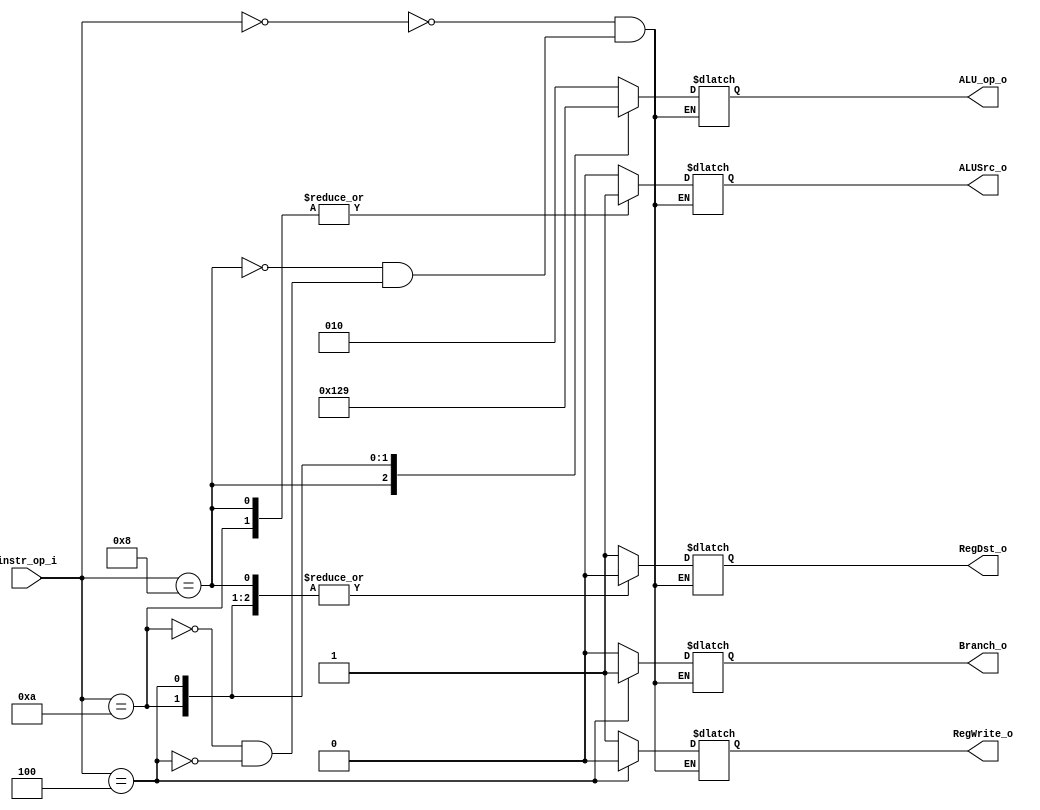
//Subject:     CO project 2 - Decoder
//--------------------------------------------------------------------------------
//Version:     1
//--------------------------------------------------------------------------------
//Writer:      0511105
//----------------------------------------------
//Date:        
//----------------------------------------------
//Description: 
//--------------------------------------------------------------------------------

module Decoder(
    instr_op_i,
	RegWrite_o,
	ALU_op_o,
	ALUSrc_o,
	RegDst_o,
	Branch_o
	);
     
//I/O ports
input  [6-1:0] instr_op_i;

output            RegWrite_o;
output [3-1:0] ALU_op_o;
output            ALUSrc_o;
output            RegDst_o;
output            Branch_o;
 
//Internal Signals
reg  [3-1:0] ALU_op_o;
reg            ALUSrc_o;
reg            RegWrite_o;
reg            RegDst_o;
reg            Branch_o;

//Parameter



//Main function
always @ (instr_op_i ) begin
  $display("decoder %b", instr_op_i);
  $display("decoder out %d", ALU_op_o);
    case(instr_op_i)
        6'b000000: begin //textbook p.257 R-format
            ALU_op_o    <=  3'b010;
            ALUSrc_o     <= 0;
            RegWrite_o <= 1;
            RegDst_o    <= 1;
            Branch_o     <= 0;
         end
         6'b001000: begin // addi
            ALU_op_o    <=  3'b100;
            ALUSrc_o     <= 1;
            RegWrite_o <= 1;
            RegDst_o    <= 0;
            Branch_o     <= 0;
            
         end
         6'b001010: begin // slti
            ALU_op_o    <=  3'b101;
            ALUSrc_o     <= 1;
            RegWrite_o <= 1;
            RegDst_o    <= 0;
            Branch_o     <= 0;
         end
         6'b000100: begin //beq
            ALU_op_o    <=  3'b001;
            ALUSrc_o     <= 0;
            RegWrite_o  <= 0;
            RegDst_o     <= 0;
            Branch_o      <= 1;
         end

     endcase
    
end
endmodule